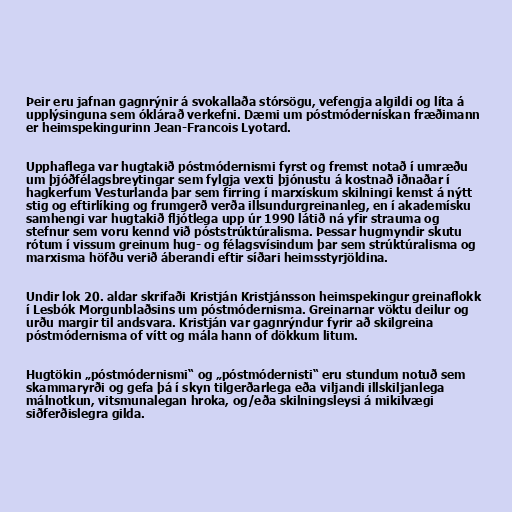
Þeir eru jafnan gagnrýnir á svokallaða stórsögu, vefengja algildi og líta á
upplýsinguna sem óklárað verkefni. Dæmi um póstmódernískan fræðimann
er heimspekingurinn Jean-Francois Lyotard.

Upphaflega var hugtakið póstmódernismi fyrst og fremst notað í umræðu
um þjóðfélagsbreytingar sem fylgja vexti þjónustu á kostnað iðnaðar í
hagkerfum Vesturlanda þar sem firring í marxískum skilningi kemst á nýtt
stig og eftirlíking og frumgerð verða illsundurgreinanleg, en í akademísku
samhengi var hugtakið fljótlega upp úr 1990 látið ná yfir strauma og
stefnur sem voru kennd við póststrúktúralisma. Þessar hugmyndir skutu
rótum í vissum greinum hug- og félagsvísindum þar sem strúktúralisma og
marxisma höfðu verið áberandi eftir síðari heimsstyrjöldina.

Undir lok 20. aldar skrifaði Kristján Kristjánsson heimspekingur greinaflokk
í Lesbók Morgunblaðsins um póstmódernisma. Greinarnar vöktu deilur og
urðu margir til andsvara. Kristján var gagnrýndur fyrir að skilgreina
póstmódernisma of vítt og mála hann of dökkum litum.

Hugtökin „póstmódernismi“ og „póstmódernisti“ eru stundum notuð sem
skammaryrði og gefa þá í skyn tilgerðarlega eða viljandi illskiljanlega
málnotkun, vitsmunalegan hroka, og/eða skilningsleysi á mikilvægi
siðferðislegra gilda.